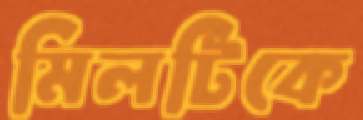
মিলটিকে